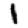
Digit: 1